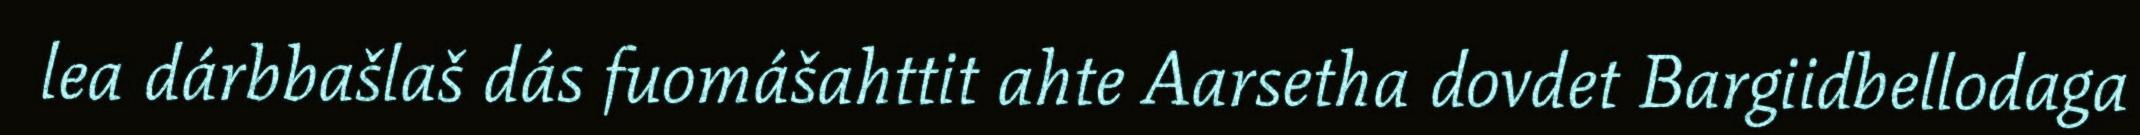
lea dárbbašlaš dás fuomášahttit ahte Aarsetha dovdet Bargiidbellodaga